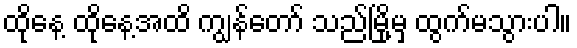
ထိုနေ့ ထိုနေ့အထိ ကျွန်တော် သည်မြို့မှ ထွက်မသွားပါ။